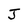
Character: J